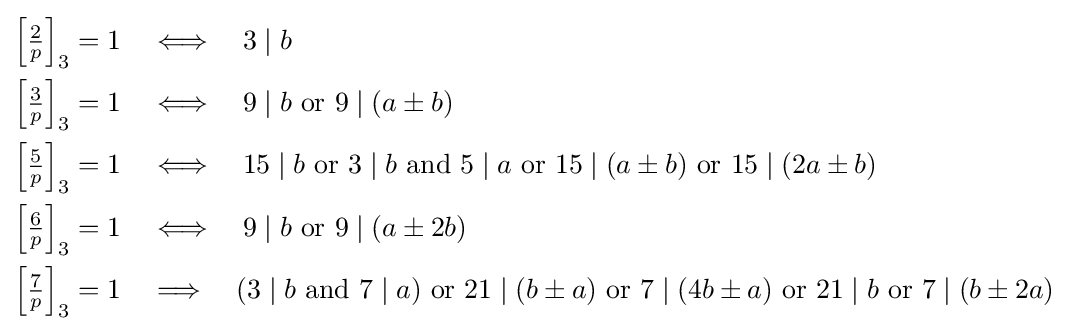
{\begin{aligned}\left[{\tfrac {2}{p}}\right]_{3}=1\quad &\Longleftrightarrow \quad 3\mid b\\\left[{\tfrac {3}{p}}\right]_{3}=1\quad &\Longleftrightarrow \quad 9\mid b{\text{ or }}9\mid (a\pm b)\\\left[{\tfrac {5}{p}}\right]_{3}=1\quad &\Longleftrightarrow \quad 15\mid b{\text{ or }}3\mid b{\text{ and }}5\mid a{\text{ or }}15\mid (a\pm b){\text{ or }}15\mid (2a\pm b)\\\left[{\tfrac {6}{p}}\right]_{3}=1\quad &\Longleftrightarrow \quad 9\mid b{\text{ or }}9\mid (a\pm 2b)\\\left[{\tfrac {7}{p}}\right]_{3}=1\quad &\Longrightarrow \quad (3\mid b{\text{ and }}7\mid a){\text{ or }}21\mid (b\pm a){\text{ or }}7\mid (4b\pm a){\text{ or }}21\mid b{\text{ or }}7\mid (b\pm 2a)\end{aligned}}